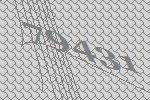
79431